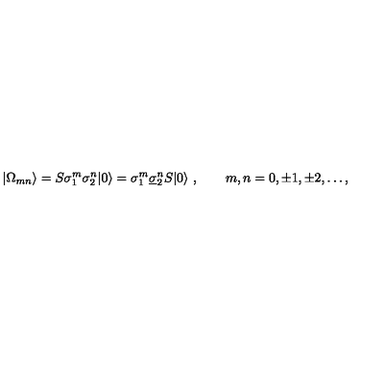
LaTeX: | \Omega _ { m n } \rangle = S \sigma _ { 1 } ^ { m } \sigma _ { 2 } ^ { n } | 0 \rangle = \sigma _ { 1 } ^ { m } \underline { { \sigma } } _ { 2 } ^ { n } S | 0 \rangle \ , \qquad m , n = 0 , \pm 1 , \pm 2 , \ldots ,